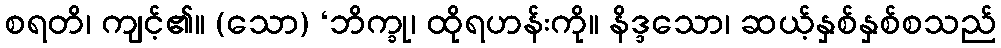
စရတိ၊ ကျင့်၏။ (သော) ‘ဘိက္ခု၊ ထိုရဟန်းကို။ နိဒ္ဒသော၊ ဆယ့်နှစ်နှစ်စသည်